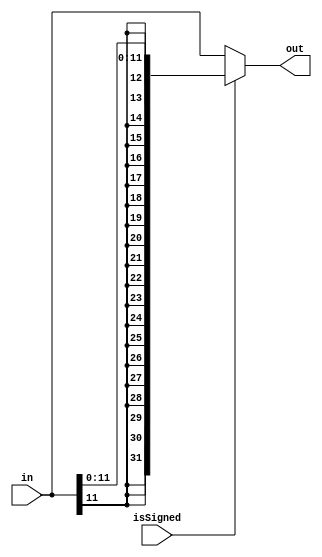

`timescale 1ns/1ns

module Extender(isSigned, in, out);
    parameter inputLength = 12;
    
    input [31:0] in;
    output [31:0] out;
    input isSigned;
    
    assign out = isSigned? {{(32 - inputLength){in[inputLength - 1]}}, in[inputLength - 1: 0]}: in;
endmodule